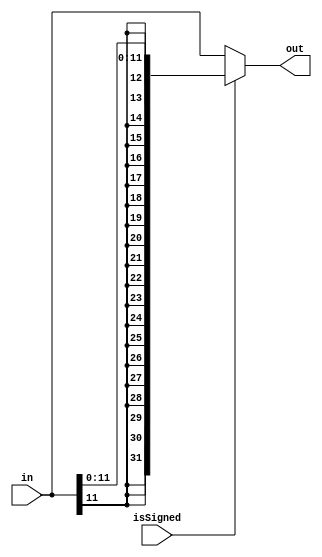

`timescale 1ns/1ns

module Extender(isSigned, in, out);
    parameter inputLength = 12;
    
    input [31:0] in;
    output [31:0] out;
    input isSigned;
    
    assign out = isSigned? {{(32 - inputLength){in[inputLength - 1]}}, in[inputLength - 1: 0]}: in;
endmodule